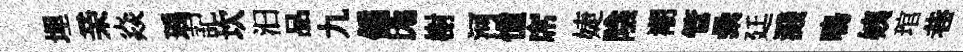
埋亲焱瑀記坎汩品九偏厖榭河憧席婕陰潮管纍廷濺鳴姨琯巷